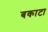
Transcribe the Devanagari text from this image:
बकाटा